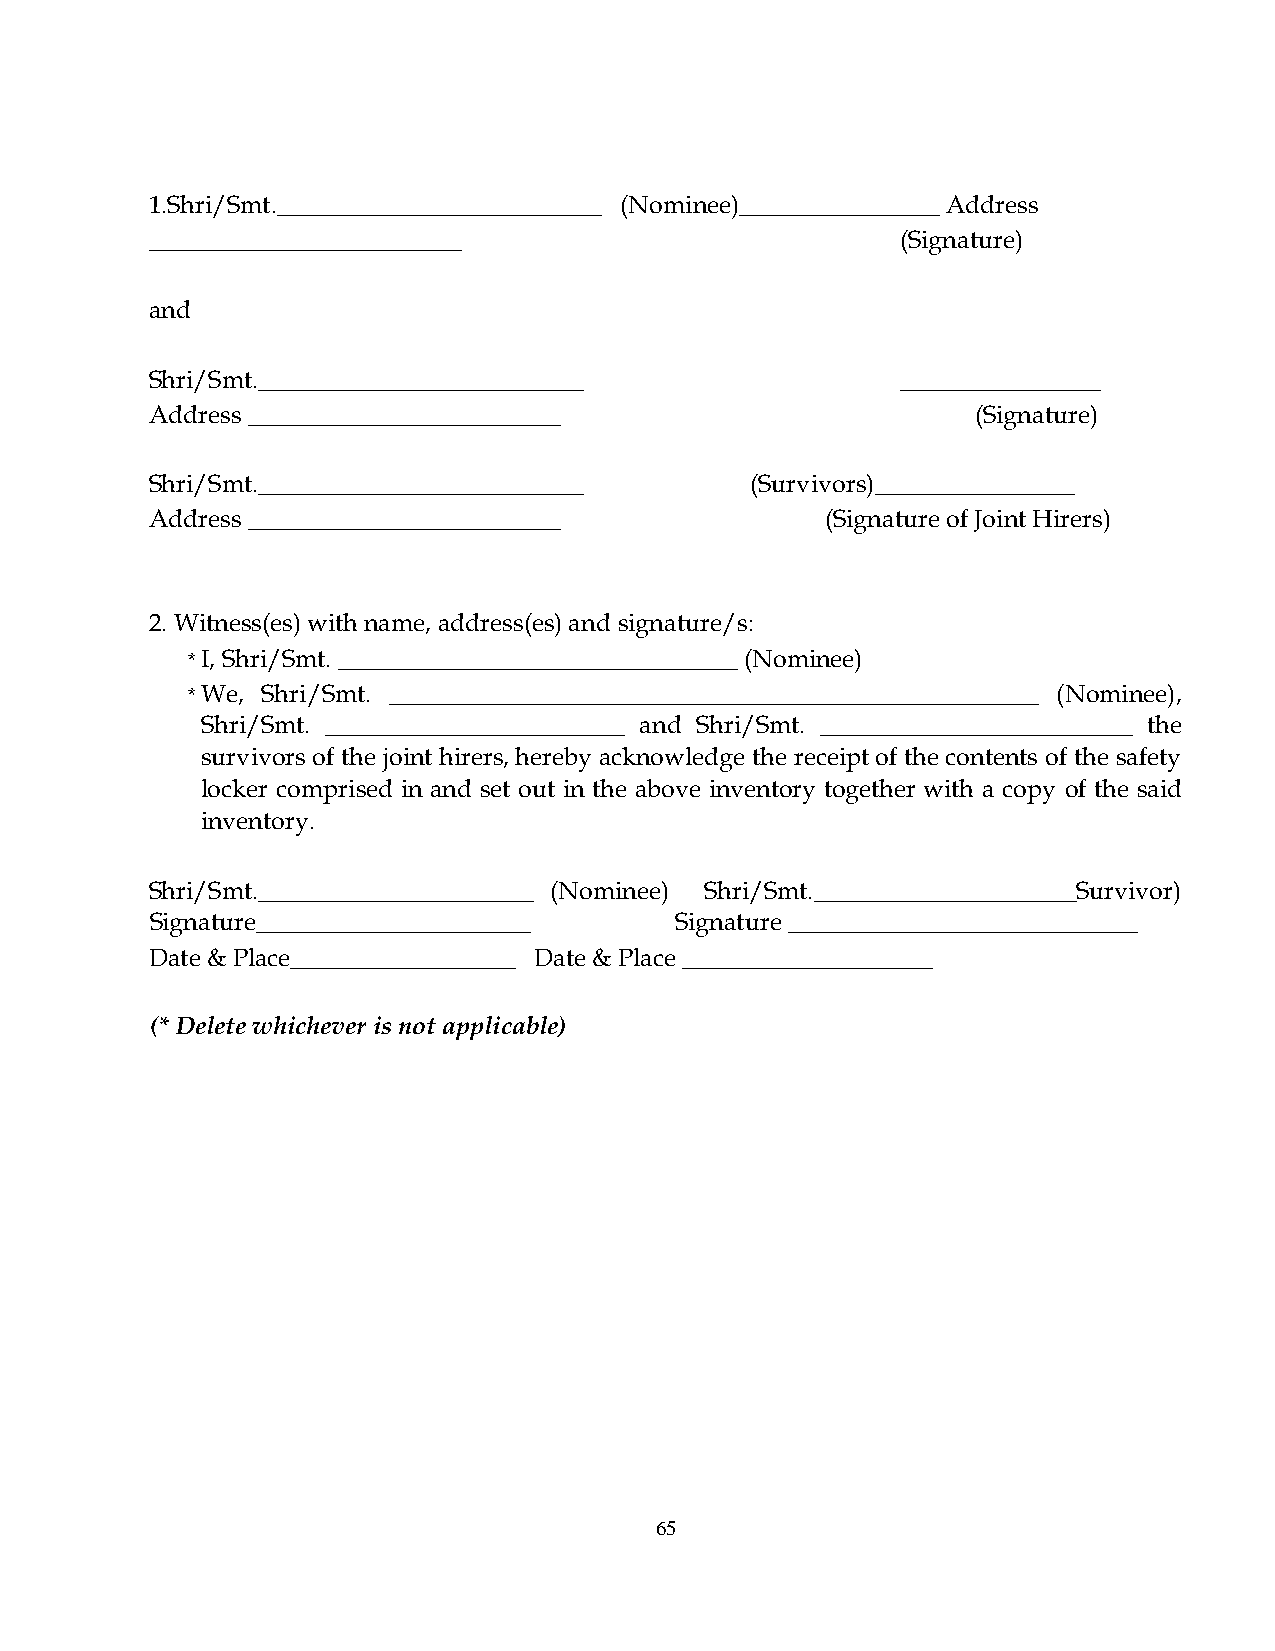
1.Shri/Smt.__________________________ (Nominee)________________ Address
 _________________________                         (Signature)
 and
 Shri/Smt.__________________________               ________________
 Address _________________________                      (Signature)
 Shri/Smt.__________________________     (Survivors)________________
 Address _________________________            (Signature of Joint Hirers)
 2. Witness(es) with name, address(es) and signature/s:
 * I, Shri/Smt. ________________________________ (Nominee)
 * We, Shri/Smt. ____________________________________________________ (Nominee),
 Shri/Smt. ________________________ and Shri/Smt. _________________________ the
 survivors of the joint hirers, hereby acknowledge the receipt of the contents of the safety
 locker comprised in and set out in the above inventory together with a copy of the said
 inventory.
 Shri/Smt.______________________ (Nominee) Shri/Smt._____________________Survivor)
 Signature______________________    Signature ____________________________
 Date & Place__________________ Date & Place ____________________
 (* Delete whichever is not applicable)
 65